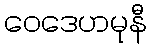
ဝေဒေဟမုနီ